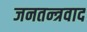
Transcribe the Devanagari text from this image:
जनतन्त्रवाद